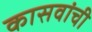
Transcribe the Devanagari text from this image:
कासवांची